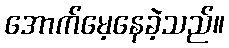
အောက်မေ့နေခဲ့သည်။